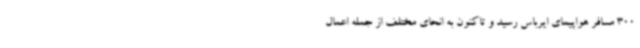
300 مسافر هواپیمای ایرباس رسید و تاکنون به انحای مختلف از جمله اعمال